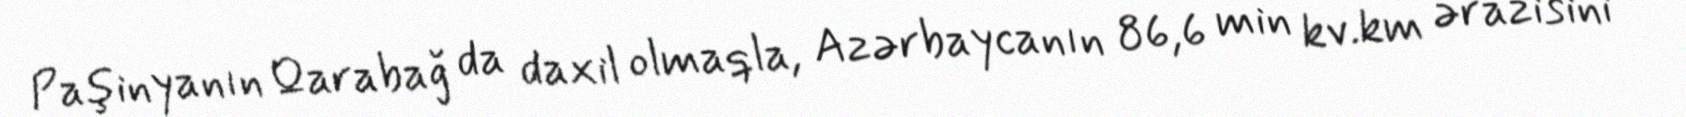
Paşinyanın Qarabağ da daxil olmaqla, Azərbaycanın 86,6 min kv.km ərazisini